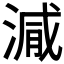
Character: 𣺁